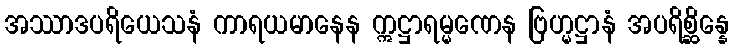
အဿာဒပရိယေသနံ ကာရယမာနေန ဣဋ္ဌာရမ္မဏေန ဗြဟ္မဋ္ဌာနံ အပရိစ္ဆိန္နေ